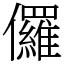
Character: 儸